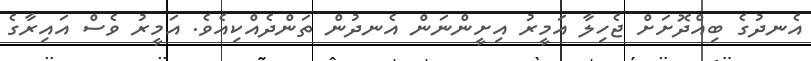
އެނދުގެ ބިއްދޮށަށް ޖެހިލާ އަމީރު އިށީންނަން އެނދުން ތަންދެއްކިއެވެ. އަމީރު ވެސް އައިރާގެ